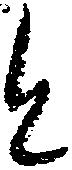
と